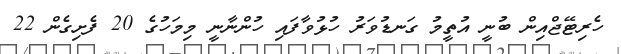
ހެރިޓޭޖްއިން ބުނީ އުތީމު ގަނޑުވަރު ހުޅުވާފައި ހުންނާނީ މިމަހުގެ 20 ފެށިގެން 22